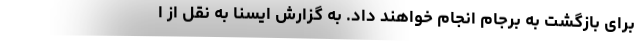
برای بازگشت به برجام انجام خواهند داد. به گزارش ایسنا به نقل از ا